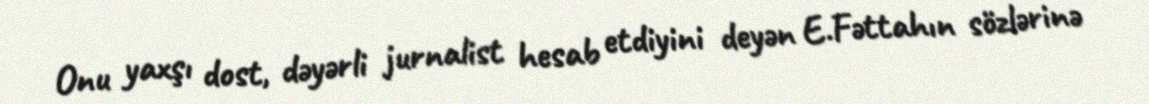
Onu yaxşı dost, dəyərli jurnalist hesab etdiyini deyən E.Fəttahın sözlərinə